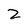
Character: 2